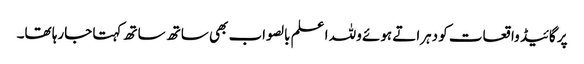
پر گائیڈ واقعات کو دہراتے ہوئے وللہ ا علم بالصواب بھی ساتھ ساتھ کہتا جارہا تھا۔